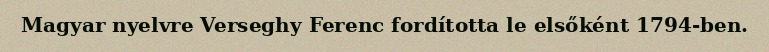
Magyar nyelvre Verseghy Ferenc fordította le elsőként 1794-ben.